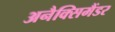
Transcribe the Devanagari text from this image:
अनैक्सिमैंडर